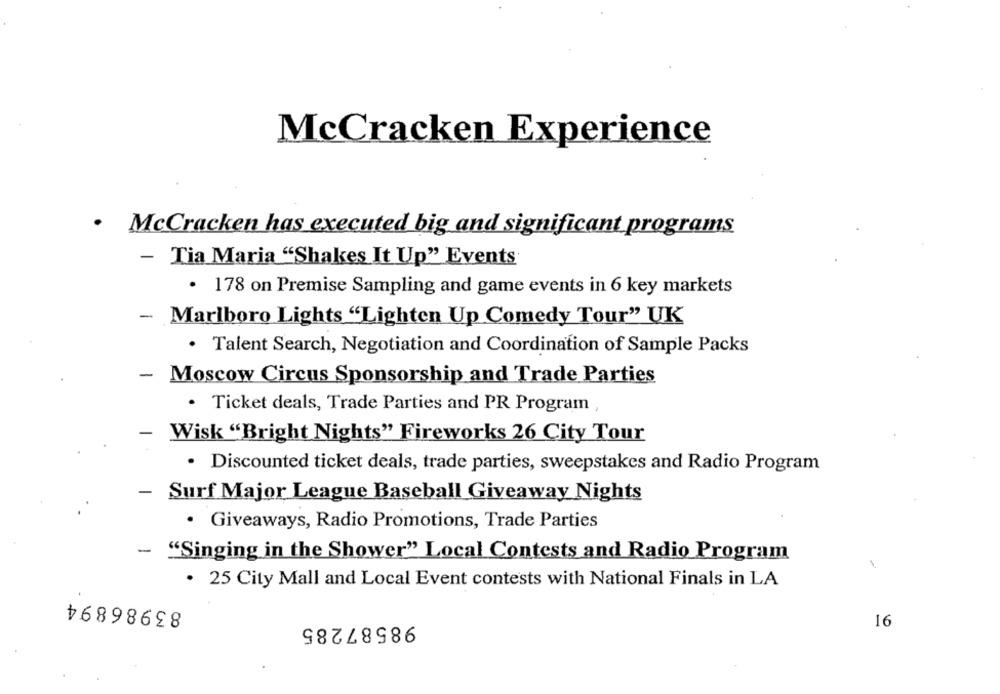
McCracken Experience
. McCracken has executed big and significant programs
- Tia Maria "Shakes It Up" Events
· 178 on Premise Sampling and game events in 6 key markets
- Marlboro Lights "Lighten Up Comedy Tour" UK
· Talent Search, Negotiation and Coordination of Sample Packs
- Moscow Circus Sponsorship and Trade Parties
. Ticket deals, Trade Parties and PR Program ,
-
Wisk "Bright Nights" Fireworks 26 City Tour
· Discounted ticket deals, trade parties, sweepstakes and Radio Program
- Surf Major League Baseball Giveaway Nights
· Giveaways, Radio Promotions, Trade Parties
- "Singing in the Shower" Local Contests and Radio Program
1
. 25 City Mall and Local Event contests with National Finals in LA
83986894
98587285
16